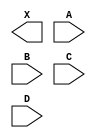
module sky130_fd_sc_hs__and4 (
    X,
    A,
    B,
    C,
    D
);

    output X;
    input  A;
    input  B;
    input  C;
    input  D;

    // Voltage supply signals
    supply1 VPWR;
    supply0 VGND;

endmodule